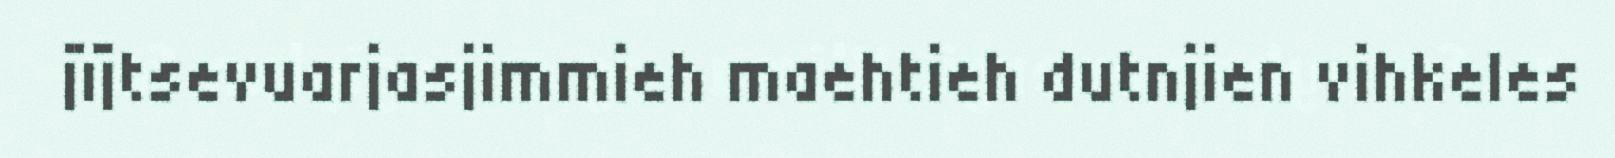
jïjtsevuarjasjimmieh maehtieh dutnjien vihkeles